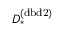
D _ { * } ^ { ( \mathrm { d b d 2 } ) }